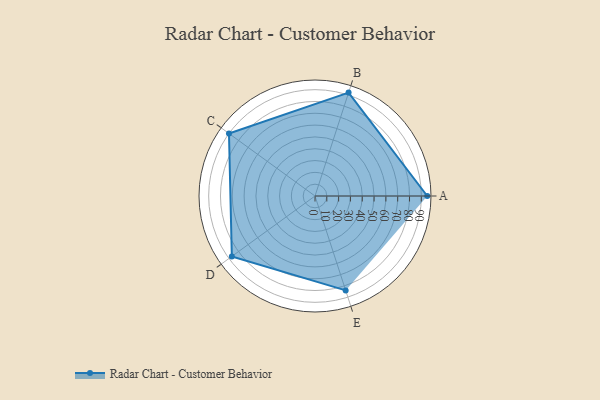
{"axis": {"x": "Skill", "y": "Score"}, "legend": ["Profile"], "data": [{"x": "A", "y": 95.0, "type": "Profile"}, {"x": "B", "y": 92.0, "type": "Profile"}, {"x": "C", "y": 90.0, "type": "Profile"}, {"x": "D", "y": 87.0, "type": "Profile"}, {"x": "E", "y": 84.0, "type": "Profile"}]}